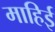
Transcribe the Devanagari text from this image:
माहिई